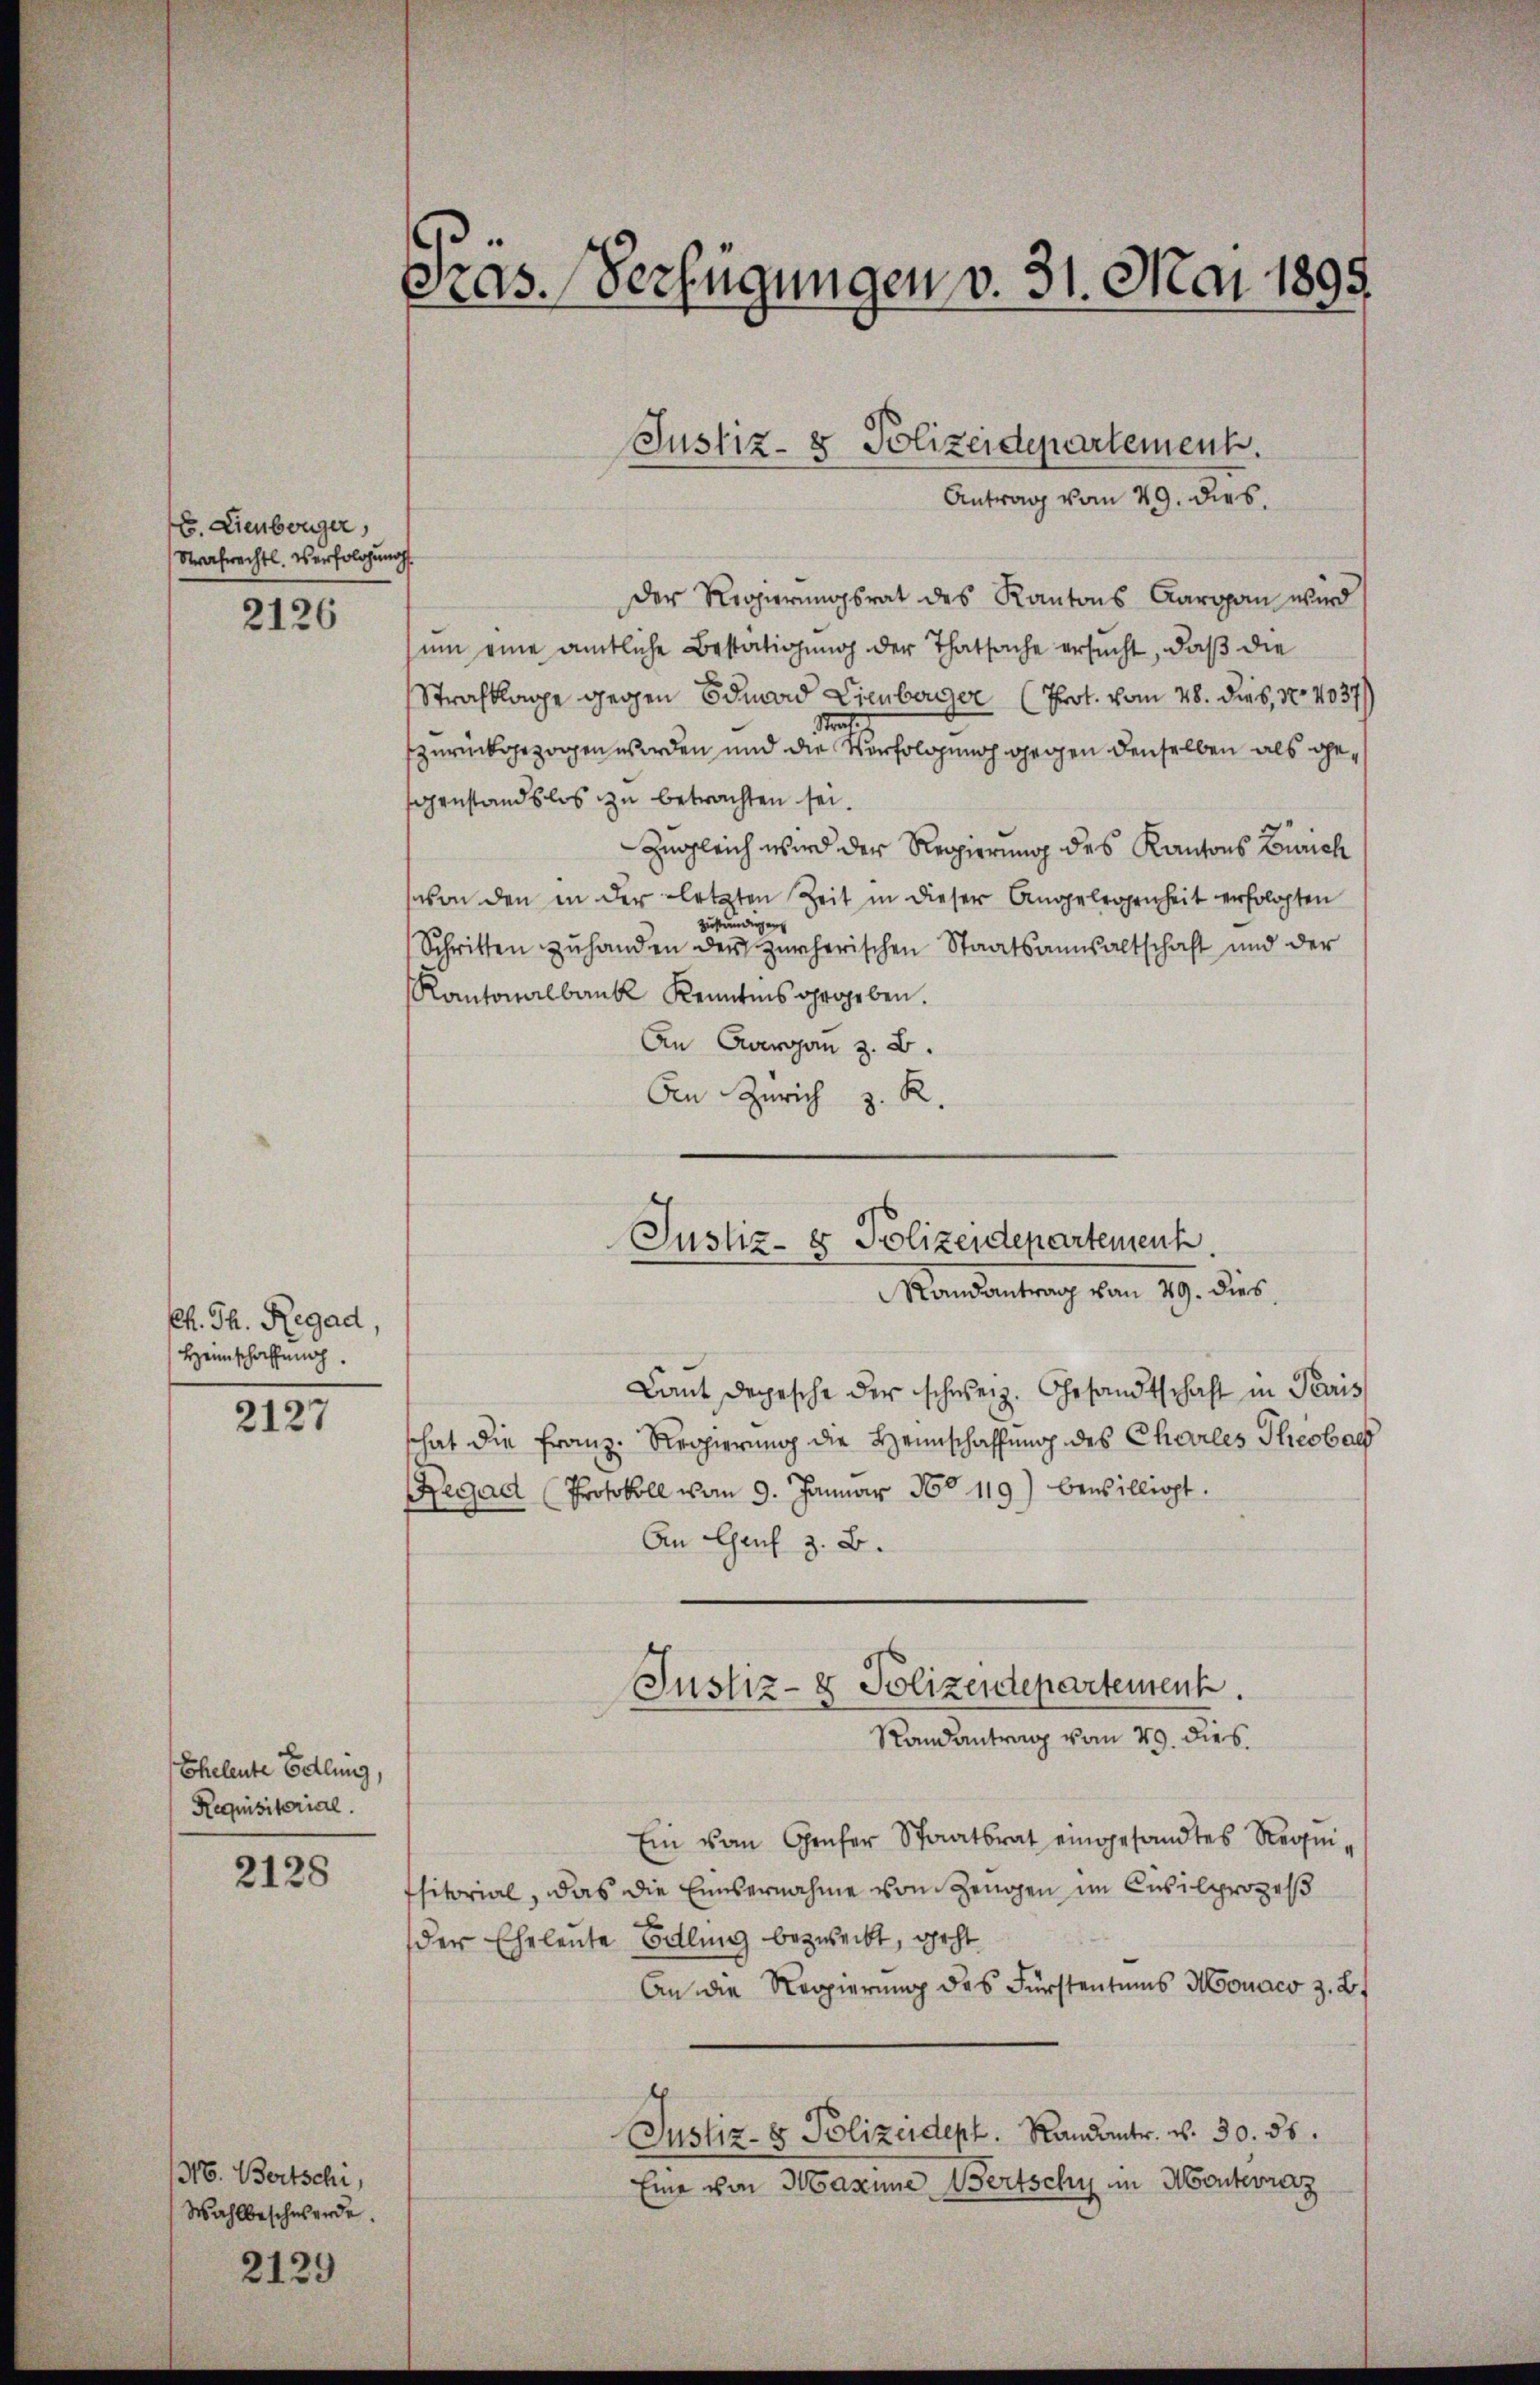
E. Lienberger,
Strafrechtl. Verfolgung

2126

Ph. Th. Regad,
Heimschaffung.

2127

Eheleute Belung,
Requisitorial.

2128

316. Bertschi,
Wahlbeschwerde.
2129

Pras. Verfügungen v. 31. Mai 1899.

Antrag vom 29. dies.
der Regierungsrat des Kantons Aaropan wird
um eine amtliche Bestätigung der Thatsache ersucht, daß die
Strafklage gegen Eduard Lienberger (Prot. vom 28. dies, No 4037)
strafe.
zurückgezogen worden und die Verfolgung gegen denselben als gegenstandslos zu betrachten sei.
Zugleich wird der Regierung des Kantons Zürich
von den in der letzten Zeit in dieser Angelegenheit erfolgten
zuständigen
Schritten zŭ handen der zürcherischen Staatsanwaltschaft und der
Kantonalbank Kenntnis gegeben.
An Averson z. B.
An Zürich z. R.
Randantrag von 49. dies,
Lant depesche der schweiz. Ehrsandtschaft in Paris
hat die Franz. Regierung die Heimschaffung des Choriles Theobach
egad (Protokoll vom 9. Januar No 119) bewilligt.
An Genf z. B.
Justiz- & Polizeidepartement.
Randantrag vom 29. dies
Ein von Grafer Staatsrat eingesandtes Requisitorial, das die Einsernahme von Zeugen im Civilprozeß
der Eheleute Billing bezweckt, geht
An die Regierung des Fürstentums Monaco z. B.
Justiz- & Polizeidept. Randantr. v. 30. 55.
Eine von Maxime Bertschy im Montevraz

Justiz- & Polizeidepartement.

Justiz- & Polizeidepartement